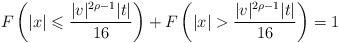
LaTeX: \begin{align*}F\left(|x|\leqslant\frac{|v|^{2\rho-1}|t|}{16}\right)+F\left(|x|>\frac{|v|^{2\rho-1}|t|}{16}\right)=1\end{align*}